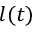
l ( t )